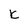
Character: t